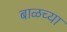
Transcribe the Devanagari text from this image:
बाळच्या